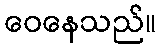
ဝေနေသည်။